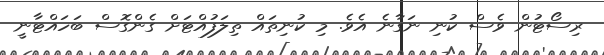
ރިސޯޓުން ވެސް ކުނި ނަގާނެ އެވެ. މި ކުނިތައް ތިލަފުއްޓަށް ގެންގޮސް ބަހައްޓާނީ